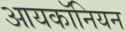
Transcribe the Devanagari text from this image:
आयकॉनियन